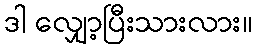
ဒါ လျှော့ပြီးသားလား။